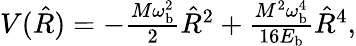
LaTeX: \begin{array}{r}{V(\hat{R})=-\frac{M\omega_{\mathrm{b}}^{2}}{2}\hat{R}^{2}+\frac{M^{2}\omega_{\mathrm{b}}^{4}}{16E_{\mathrm{b}}}\hat{R}^{4},}\end{array}